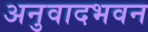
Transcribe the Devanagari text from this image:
अनुवादभवन